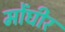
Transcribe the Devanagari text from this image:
मोंघीर